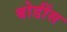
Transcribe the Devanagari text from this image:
बोडींस